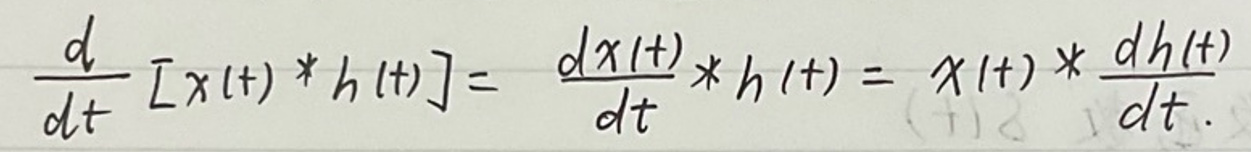
\[
\frac{d}{dt}[x(t) * h(t)]=\frac{dx(t)}{dt}*h(t)=x(t)*\frac{dh(t)}{dt}
\]